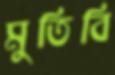
মুতিবি